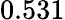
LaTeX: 0.531